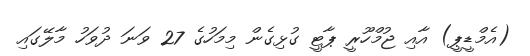
(އެމްޑީޕީ) އާއި ޖުމްހޫރީ ޕާޓީ ގުޅިގެން މިމަހުގެ 27 ވަނަ ދުވަހު މާލޭގައި